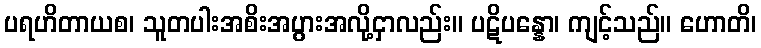
ပရဟိတာယစ၊ သူတပါးအစိးအပွားအလို့ငှာလည်း။ ပဋိပန္နော၊ ကျင့်သည်။ ဟောတိ၊